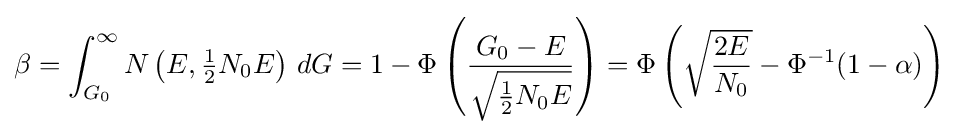
\beta =\int _{G_{0}}^{\infty }N\left(E,{\tfrac {1}{2}}N_{0}E\right)\,dG=1-\Phi \left({\frac {G_{0}-E}{\sqrt {{\tfrac {1}{2}}N_{0}E}}}\right)=\Phi \left({\sqrt {\frac {2E}{N_{0}}}}-\Phi ^{-1}(1-\alpha )\right)